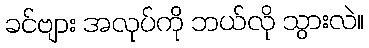
ခင်ဗျား အလုပ်ကို ဘယ်လို သွားလဲ။